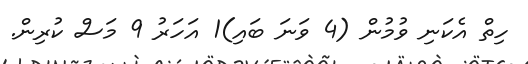
ހިތް އެކަނި ވުމުން (4 ވަނަ ބައި)1 އަހަރު 9 މަސް ކުރިން.